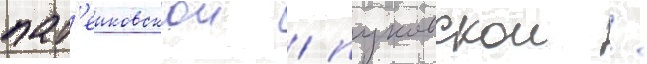
пат'еиковскои / пуковскои /